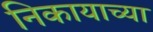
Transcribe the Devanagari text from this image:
निकायाच्या